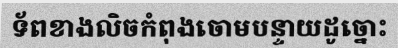
ទ័ពខាងលិចកំពុងចោមបន្ទាយដូច្នោះ